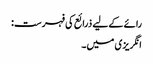
رائے کے لیے ذرائع کی فہرست:
انگریزی میں۔